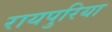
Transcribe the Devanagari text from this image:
रायपुरिया